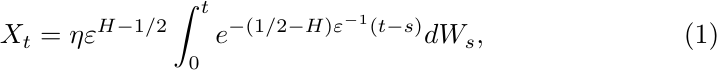
\begin{equation}\label{one_factor_bergomi}
X_t = \eta \varepsilon^{H-1/2} \int_0^t e^{-(1/2-H)\varepsilon^{-1}(t-s)}dW_s,
\end{equation}